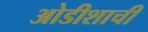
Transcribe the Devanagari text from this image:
ओडीशाची